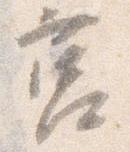
筥